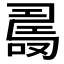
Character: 𠼡